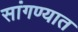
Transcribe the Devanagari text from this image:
सांगण्‍यात